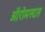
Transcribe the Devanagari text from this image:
ऑरोमस्दस